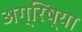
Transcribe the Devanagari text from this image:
अग्रिष्या